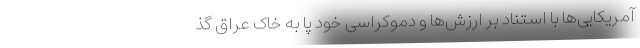
آمریکایی‌ها با استناد بر ارزش‌ها و دموکراسی خود پا به خاک عراق گذ